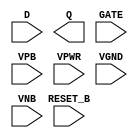
module sky130_fd_sc_hdll__dlrtp (
    //# {{data|Data Signals}}
    input  D      ,
    output Q      ,

    //# {{control|Control Signals}}
    input  RESET_B,

    //# {{clocks|Clocking}}
    input  GATE   ,

    //# {{power|Power}}
    input  VPB    ,
    input  VPWR   ,
    input  VGND   ,
    input  VNB
);
endmodule